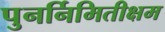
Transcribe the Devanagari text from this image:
पुनर्निमितीक्षम